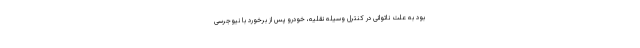
بود به علت ناتوانی در کنترل وسیله نقلیه، خودرو پس از برخورد با نیوجرسی